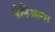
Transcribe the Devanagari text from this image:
डेनिअल्स